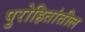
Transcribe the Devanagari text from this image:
पुरोहितांतील